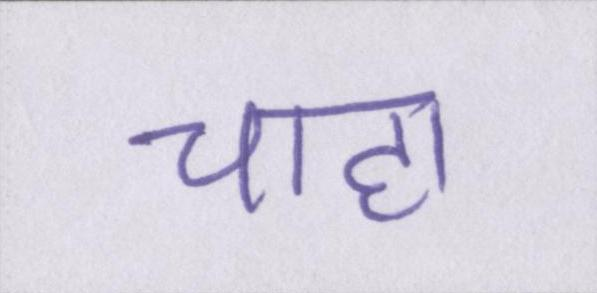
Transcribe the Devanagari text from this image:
चाहा